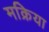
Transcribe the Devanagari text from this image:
मक्रिया